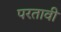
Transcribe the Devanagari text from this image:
परतावी